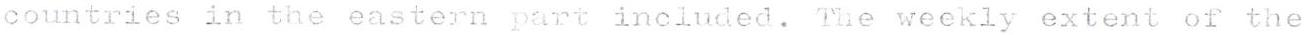
countries in the eastern part included. The weekly extent of the